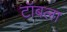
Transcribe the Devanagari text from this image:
टॉबला